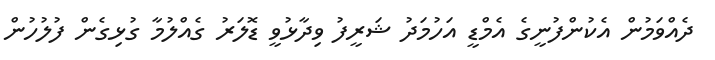
ދެއްވަމުން އެކުންފުނީގެ އެމްޑީ އަހުމަދު ޝަރީފު ވިދާޅުވީ ޑޮލަރު ގެއްލުމާ ގުޅިގެން ފުލުހުން